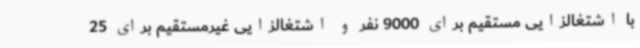
با اشتغالزایی مستقیم برای 9000 نفر و اشتغالزایی غیرمستقیم برای 25